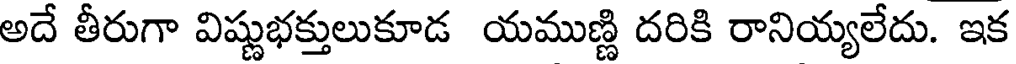
అదే తీరుగా విష్ణుభక్తులుకూడ యముణ్ణి దరికి రానియ్యలేదు. ఇక